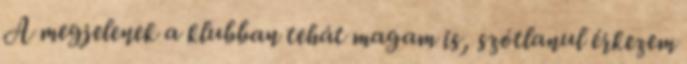
A megjelenek a klubban tehát magam is, szótlanul érkezem